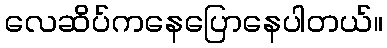
လေဆိပ်ကနေပြောနေပါတယ်။